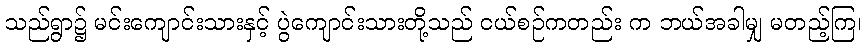
သည်ရွာ၌ မင်းကျောင်းသားနှင့် ပွဲကျောင်းသားတို့သည် ငယ်စဉ်ကတည်း က ဘယ်အခါမျှ မတည့်ကြ၊